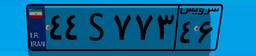
۶۱S۲۲۲۰۱